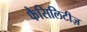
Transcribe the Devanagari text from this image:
फैसिलिटीज़